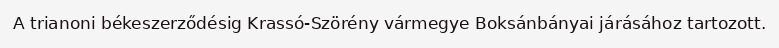
A trianoni békeszerződésig Krassó-Szörény vármegye Boksánbányai járásához tartozott.